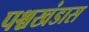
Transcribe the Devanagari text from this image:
पश्चखंडास